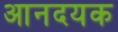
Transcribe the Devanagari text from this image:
आनदयक